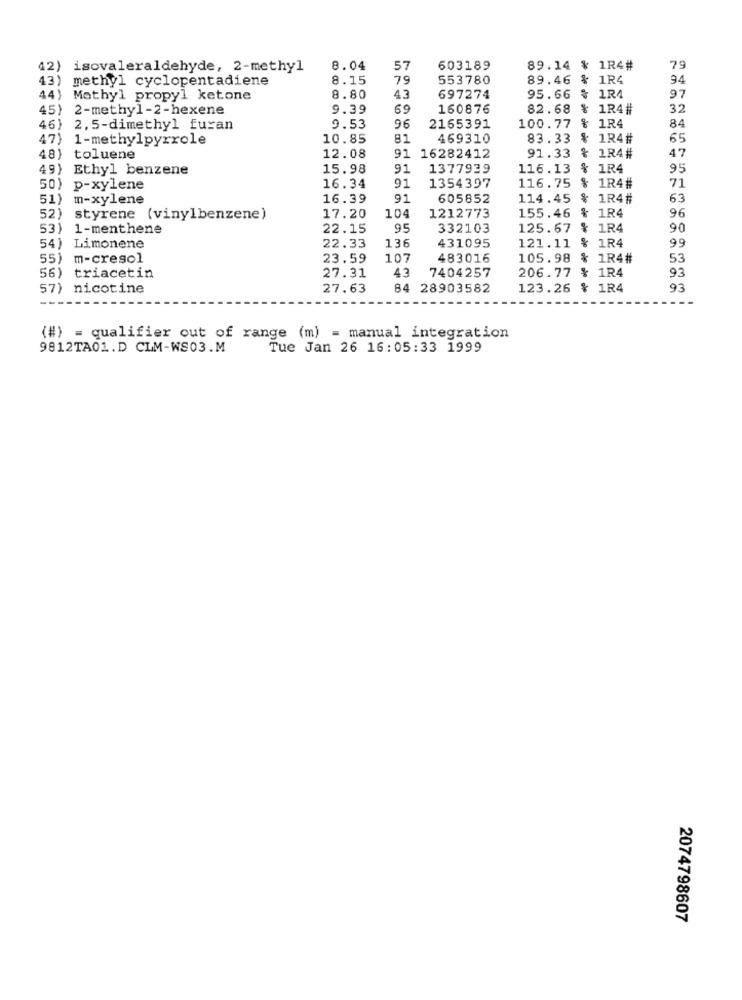
42) isovaleraldehyde, 2-methyl
8.04
57
603189
89.14 % 1R4#
79
43)
methyl cyclopentadiene
8.15
79
553780
89.46
& 1R4
94
44) Mothyl propyl ketone
8.80
43
697274
95.66
% 1R4
97
45) 2-methyl-2-hexene
9.39
69
160876
82.68
$ 1R4#
32
46) 2,5-dimethyl furan
9.53
96
2165391
100.77
& 1R4
84
47) 1-methylpyrrole
10.85
81
469310
83.33
$ 1R4#
65
12.08
91.33
48) toluene
91 16282412
& 1R4#
47
49) Ethyl benzene
15.98
91
1377939
116.13
% 1R4
95
16.34
91
1354397
116.75
50) p-xylene
de
1R4#
71
51) m-xylene
16.39
91
605852
114.45
% 1R4#
63
104
1212773
% 1R4
96
52)
styrene (vinylbenzene)
17.20
155.46
53)
1-menthene
22.15
95
332103
125.67
% 1R4
90
22.33
136
431095
121.11
% 1R4
99
54) Limonene
55) m-cresol
23.59
107
483016
105.98
% 1R4#
53
27.31
43
7404257
206.77 % 1R4
93
56) triacetin
57) nicotine
27.63
84 28903582
123.26 % 1R4
93
(#) = qualifier out of range (m) = manual integration
9812TA01.D CLM-WS03.M
Tue Jan 26 16:05:33 1999
2074798607